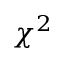
\chi ^ { 2 }